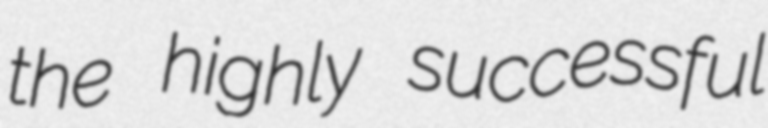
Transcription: the highly successful